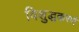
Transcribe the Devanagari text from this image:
विशुद्धकरणं